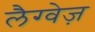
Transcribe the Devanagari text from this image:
लैग्वेज़